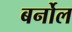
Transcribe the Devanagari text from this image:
बर्नोल